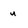
Character: u